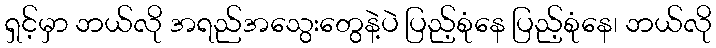
ရှင့်မှာ ဘယ်လို အရည်အသွေးတွေနဲ့ပဲ ပြည့်စုံနေ ပြည့်စုံနေ၊ ဘယ်လို